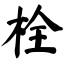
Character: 栓